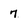
Character: 7